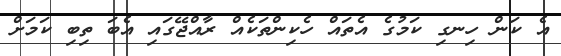
އެ ކަން ހިނގި ކަމުގެ އެތައް ހެކިންތަކެއް ރާއްޖޭގައި އެބަ ތިބި ކަމަށް